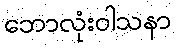
ဘောလုံးဝါသနာ